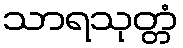
သာရသုတ္တံ